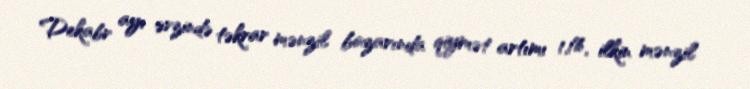
Dekabr ayı ərzində təkrar mənzil bazarında qiymət artımı 1,1%, ilkin mənzil